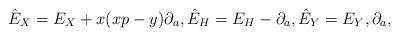
LaTeX: \begin{gather*}\hat E_X = E_X + x (x p - y) \partial_a , \hat E_H = E_H - \partial_a , \hat E_Y = E_Y , \partial_a ,\end{gather*}